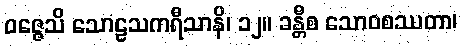
ဝဇ္ဇေသိ သောဠသကရီသာနိ၊ ၁၂။ ခန္တီစ သောဝစဿတာ၊